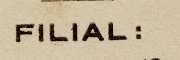
FILIAL: